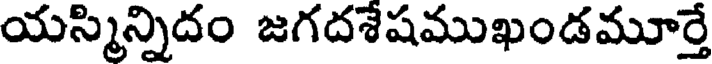
యస్మిన్నిదం జగదశేషముఖండమూర్తే